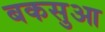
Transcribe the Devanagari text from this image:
बकसुआ